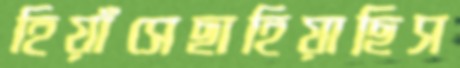
হিয়াঁসেছাহিয়াছিস